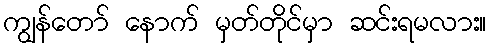
ကျွန်တော် နောက် မှတ်တိုင်မှာ ဆင်းရမလား။